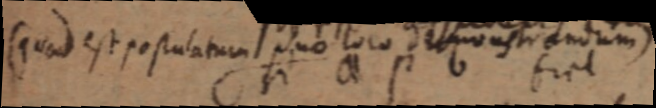
(quod est populatum duo loco demonstrandum)